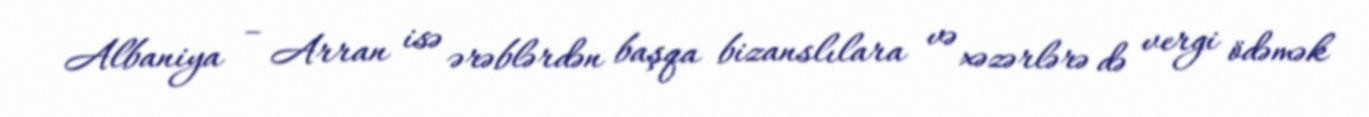
Albaniya – Arran isə ərəblərdən başqa bizanslılara və xəzərlərə də vergi ödəmək